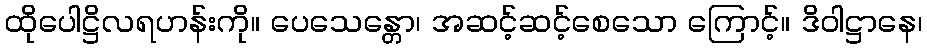
ထိုပေါဋ္ဌိလရဟန်းကို။ ပေသေန္တော၊ အဆင့်ဆင့်စေသော ကြောင့်။ ဒိဝါဋ္ဌာနေ၊